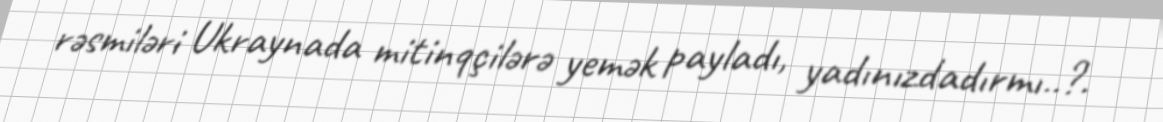
rəsmiləri Ukraynada mitinqçilərə yemək payladı, yadınızdadırmı..?.